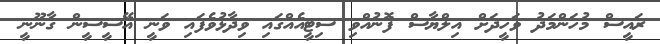
ރައީސް މުހަންމަދު ވަހީދަށް އިލްޔާސް ފޮނުއްވި ސިޓީއެއްގައި ވިދާޅުވެފައި ވަނީ އޭސީސީން ގާނޫނީ